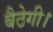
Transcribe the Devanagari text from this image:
बैठेगी।